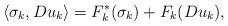
LaTeX: \begin{align*}\langle \sigma_k, Du_k \rangle = F_k^*(\sigma_k) + F_k(Du_k),\end{align*}